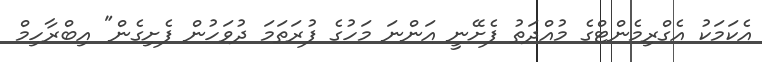
އެކަމަކު އެގްރިމެންޓްގެ މުއްދަތު ފެށޭނީ އަންނަ މަހުގެ ފުރަތަމަ ދުވަހުން ފެށިގެން" އިބްރާހިމް